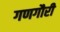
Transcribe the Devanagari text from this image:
गणगौरी